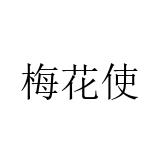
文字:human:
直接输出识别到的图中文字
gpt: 梅花使